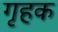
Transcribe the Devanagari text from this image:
गृहक